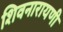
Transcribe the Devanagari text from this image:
शिवनारायणी